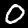
Digit: 0